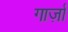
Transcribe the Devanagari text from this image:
गार्ज़ा